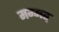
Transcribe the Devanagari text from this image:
मन्मत्